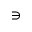
\ni